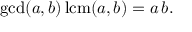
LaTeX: \operatorname* { g c d } ( a , b ) \operatorname { l c m } ( a , b ) = a \, b .